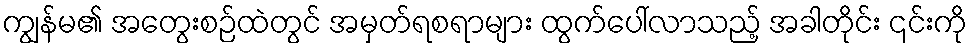
ကျွန်မ၏ အတွေးစဉ်ထဲတွင် အမှတ်ရစရာများ ထွက်ပေါ်လာသည့် အခါတိုင်း ၎င်းကို